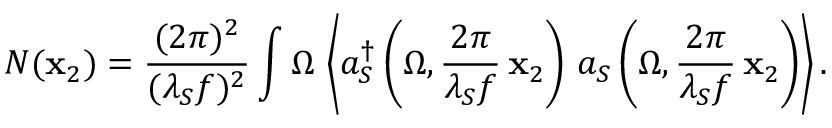
N ( { \bf x } _ { 2 } ) = \frac { ( 2 \pi ) ^ { 2 } } { ( \lambda _ { S } f ) ^ { 2 } } \int \d \Omega \, \left\langle a _ { S } ^ { \dagger } \left( \Omega , \frac { 2 \pi } { \lambda _ { S } f } \, { \bf x } _ { 2 } \right) \, a _ { S } \left( \Omega , \frac { 2 \pi } { \lambda _ { S } f } \, { \bf x } _ { 2 } \right) \right\rangle .